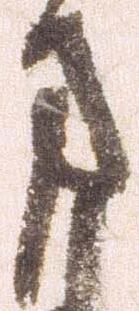
方